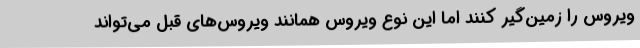
ویروس را زمین‌گیر کنند اما این نوع ویروس همانند ویروس‌های قبل می‌تواند